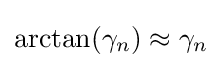
\arctan(\gamma _{n})\approx \gamma _{n}